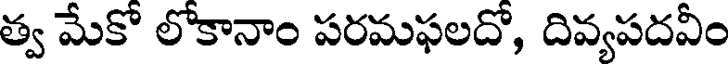
త్వ మేకో లోకానాం పరమఫలదో, దివ్యపదవీం